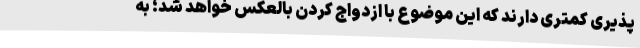
پذیری کمتری دارند که این موضوع با ازدواج کردن بالعکس خواهد شد؛ به